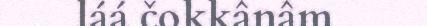
láá čokkânâm